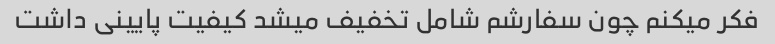
فکر میکنم چون سفارشم شامل تخفیف میشد کیفیت پایینی داشت